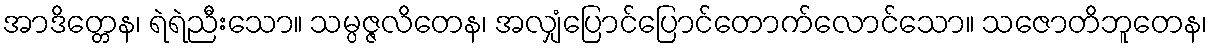
အာဒိတ္တေန၊ ရဲရဲညီးသော။ သမ္ပဇ္ဇလိတေန၊ အလျှံပြောင်ပြောင်တောက်လောင်သော။ သဇောတိဘူတေန၊